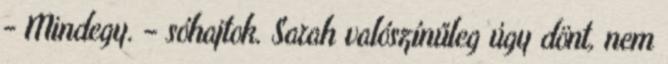
- Mindegy. – sóhajtok. Sarah valószínűleg úgy dönt, nem